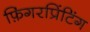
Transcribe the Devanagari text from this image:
फ़िंगरप्रिंटिंग